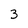
Character: 3